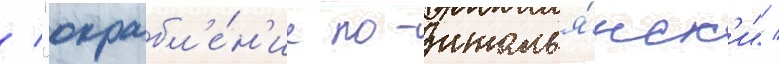
/ "ограбл'е́н'ие по-италья́нск'и" /